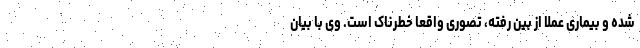
شده و بیماری عملا از بین رفته، تصوری واقعا خطرناک است. وی با بیان